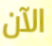
الآن